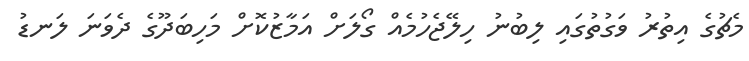
މެޗުގެ އިތުރު ވަގުތުގައި ލިބުނު ހިލޭޖެހުމެއް ގޯލަށް އަމާޒުކޮށް މަހިބަދޫގެ ދެވަނަ ލަނޑު